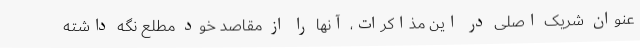
عنوان شریک اصلی در این مذاکرات، آنها را از مقاصد خود مطلع نگه داشته